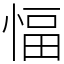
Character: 愊